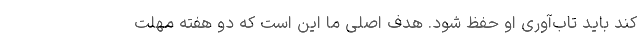
کند باید تاب‌آوری او حفظ شود. هدف اصلی ما این است که دو هفته مهلت